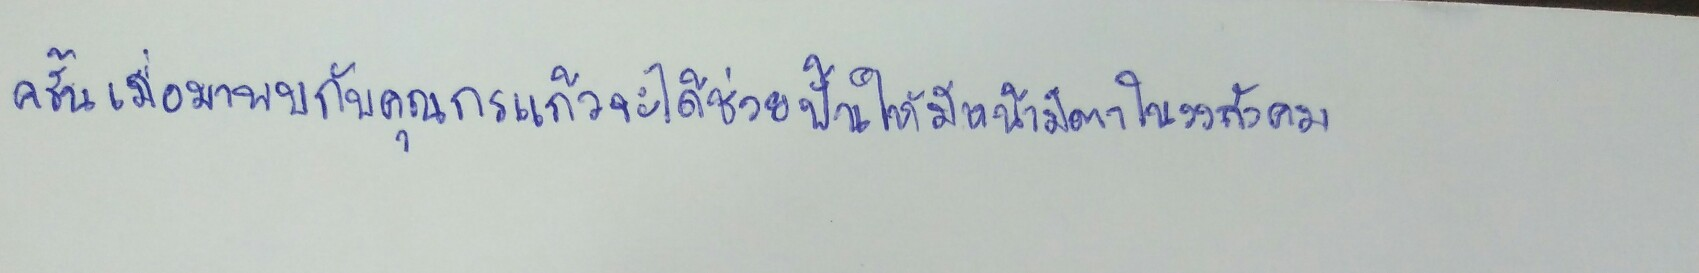
ครั้นเมื่อมาพบกับคุณกรแก้วจะได้ช่วยปั้นให้มีหน้ามีตาในวงสังคม